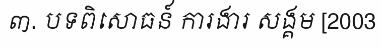
៣. បទពិសោធន៍ ការងារ សង្គម [2003